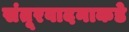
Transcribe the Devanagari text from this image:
संतूरवादनाकडे